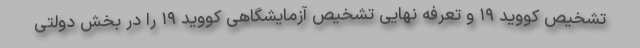
تشخیص کووید ۱۹ و تعرفه نهایی تشخیص آزمایشگاهی کووید ۱۹ را در بخش دولتی